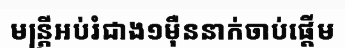
មន្ត្រីអប់រំជាង១ម៉ឺននាក់ចាប់ផ្តើម